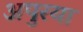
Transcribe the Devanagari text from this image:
अपुरया